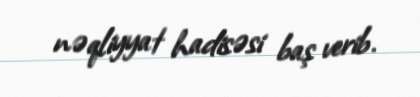
nəqliyyat hadisəsi baş verib.